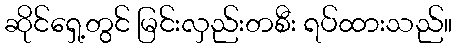
ဆိုင်ရှေ့တွင် မြင်းလှည်းတစီး ရပ်ထားသည်။